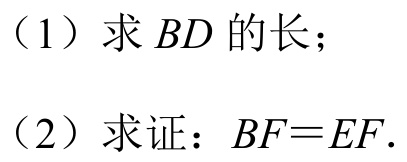
（1）求$BD$的长；
（2）求证：$BF = EF$．